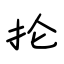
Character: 抡